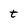
Character: t